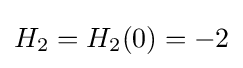
H_{2}=H_{2}(0)=-2